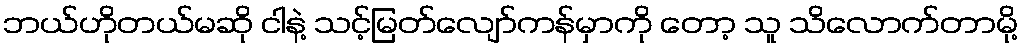
ဘယ်ဟိုတယ်မဆို ငါနဲ့ သင့်မြတ်လျော်ကန်မှာကို တော့ သူ သိလောက်တာမို့